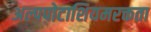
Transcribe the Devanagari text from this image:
अल्पपोटाशियमरक्तता